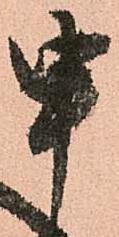
申